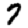
Digit: 7